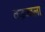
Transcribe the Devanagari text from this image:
वज्रज्वला